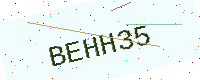
Text: BEHH35